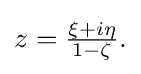
{\textstyle z={\frac {\xi +i\eta }{1-\zeta }}.}